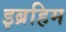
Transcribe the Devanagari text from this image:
इब्रहिम